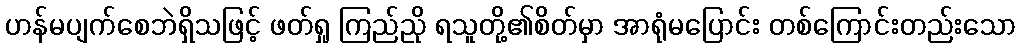
ဟန်မပျက်စေဘဲရှိသဖြင့် ဖတ်ရှု ကြည်ညို ရသူတို့၏စိတ်မှာ အာရုံမပြောင်း တစ်ကြောင်းတည်းသော